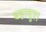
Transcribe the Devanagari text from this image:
बहादुर।